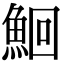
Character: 鮰